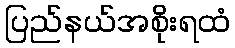
ပြည်နယ်အစိုးရထံ